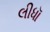
લીધૉ